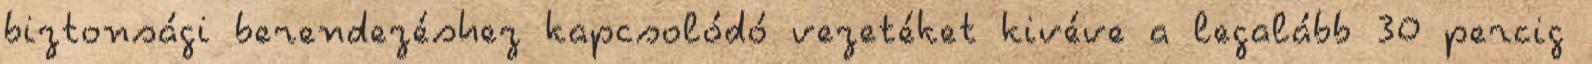
biztonsági berendezéshez kapcsolódó vezetéket kivéve a legalább 30 percig